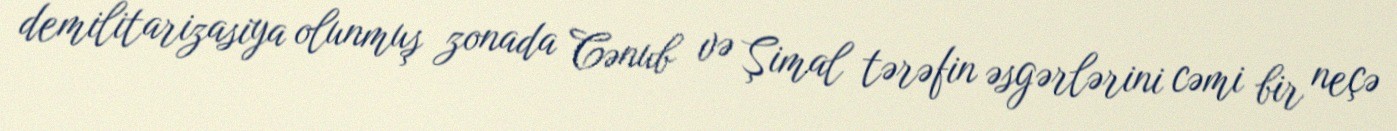
demilitarizasiya olunmuş zonada Cənub və Şimal tərəfin əsgərlərini cəmi bir neçə